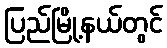
ပြည်မြို့နယ်တွင်